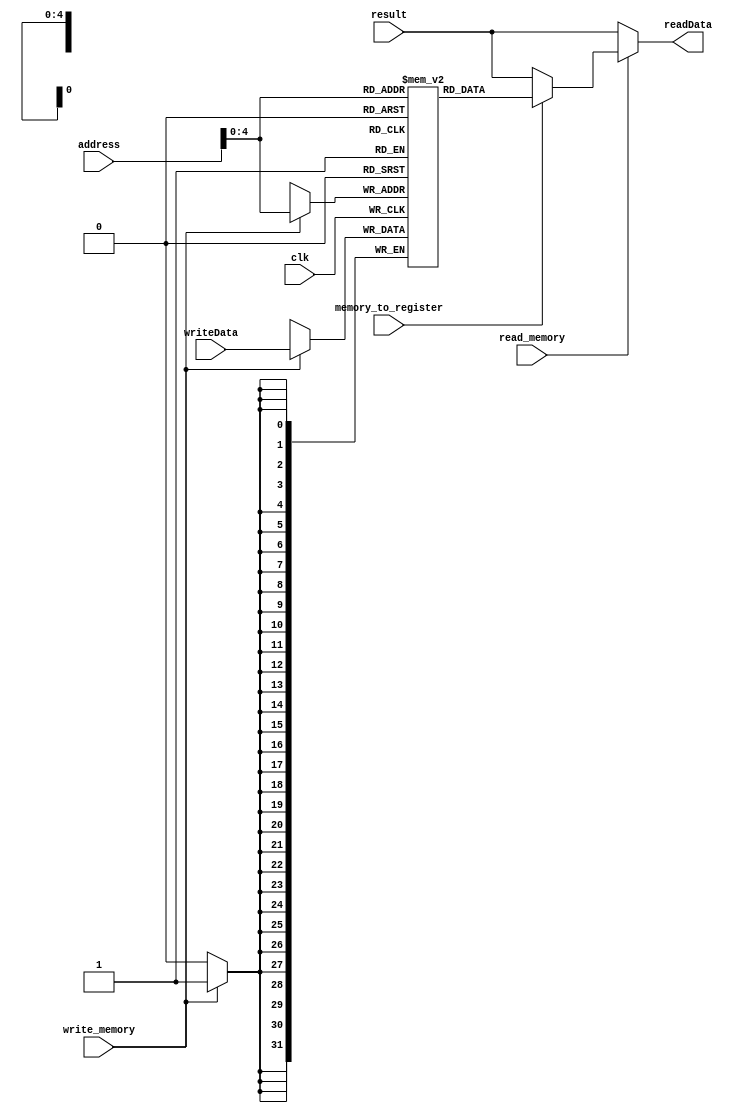
`timescale 1ns / 1ps

module data_memory (clk,address,writeData,result,write_memory,read_memory,memory_to_register,readData);
    input clk;
    input [31:0] address,writeData,result;
    input write_memory,read_memory,memory_to_register;
    output reg [31:0] readData;
    reg [31:0] memory_data[31:0]; 

  initial begin
    memory_data[0]= 32'b000000_00000_00000_00000_00000_000000;
	memory_data[1]= 32'b000000_00000_00000_00000_00000_000000;
	memory_data[2]= 32'b000000_00000_00000_00000_00000_000000;
	memory_data[3]= 32'b000000_00000_00000_00000_00000_000000;
	memory_data[4]= 32'b000000_00000_00000_00000_00000_000000;
	memory_data[5]= 32'b000000_00000_00000_00000_00000_000000;
	memory_data[6]= 32'b000000_00000_00000_00000_00000_000000;
	memory_data[7]= 32'b000000_00000_00000_00000_00000_000000;
	memory_data[8]= 32'b000000_00000_00000_00000_00000_000000;
	memory_data[9]= 32'b000000_00000_00000_00000_00000_000000;
	memory_data[10]=32'b000000_00000_00000_00000_00000_000000;
	memory_data[11]=32'b000000_00000_00000_00000_00000_000000;
	memory_data[12]=32'b000000_00000_00000_00000_00000_000000;
	memory_data[13]=32'b000000_00000_00000_00000_00000_000000;
	memory_data[14]=32'b000000_00000_00000_00000_00000_000000;
	memory_data[15]=32'b000000_00000_00000_00000_00000_000000;
	memory_data[16]=32'b000000_00000_00000_00000_00000_000000;
	memory_data[17]=32'b000000_00000_00000_00000_00000_000000;
	memory_data[18]=32'b000000_00000_00000_00000_00000_000000;
	memory_data[19]=32'b000000_00000_00000_00000_00000_000000;
	memory_data[20]=32'b000000_00000_00000_00000_00000_000000;
	memory_data[21]=32'b000000_00000_00000_00000_00000_000000;
	memory_data[22]=32'b000000_00000_00000_00000_00000_000000;
	memory_data[23]=32'b000000_00000_00000_00000_00000_000000;
	memory_data[24]=32'b000000_00000_00000_00000_00000_000000;
	memory_data[25]=32'b000000_00000_00000_00000_00000_000000;
	memory_data[26]=32'b000000_00000_00000_00000_00000_000000;
	memory_data[27]=32'b000000_00000_00000_00000_00000_000000;
	memory_data[28]=32'b000000_00000_00000_00000_00000_000000;
	memory_data[29]=32'b000000_00000_00000_00000_00000_000000;
	memory_data[30]=32'b000000_00000_00000_00000_00000_000000;
	memory_data[31]=32'b000000_00000_00000_00000_00000_000000;
  end

  always @(posedge clk) begin
    if (write_memory) begin
      memory_data[address] = writeData;
    end
  end

  always @(address,read_memory,memory_to_register,result) begin
    if (read_memory) begin
      if (memory_to_register) readData = memory_data[address];
	  else readData = result;  
    end 
	else readData = result;
  end

endmodule